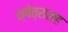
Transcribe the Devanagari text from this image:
क्षेत्रासह